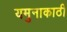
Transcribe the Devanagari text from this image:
यमुनाकाठी